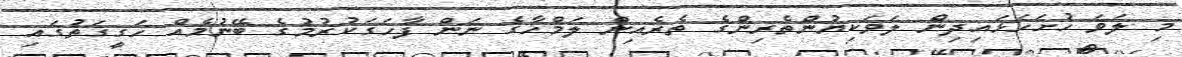
މި ލަވަ ހުށަހަޅައިދިން ލަވަކިޔުންތެރިންގެ ތެރެއިން ލަމްހާގެ ނަން ފާހަގަކުރުމުގެ ބޭނުމެއް ހަގީގަތުގައި